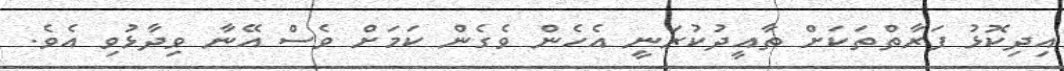
އިދިކޮޅު ފަރާތްތަކަށް ތާއީދުކުރަނީ އެހެން ވެގެން ކަމަށް ވެސް އޭނާ ވިދާޅުވި އެވެ.